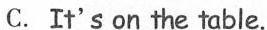
C. It's on the table.